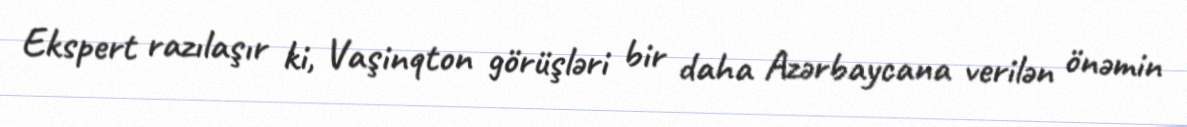
Ekspert razılaşır ki, Vaşinqton görüşləri bir daha Azərbaycana verilən önəmin